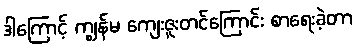
ဒါကြောင့် ကျွန်မ ကျေးဇူးတင်ကြောင်း စာရေးခဲ့တာ